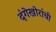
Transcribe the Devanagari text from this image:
दंगेखोरांची